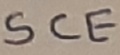
Text: SCE